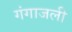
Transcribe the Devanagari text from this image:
गंगाजली